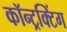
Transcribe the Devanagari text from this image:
कॉन्ट्रक्टिंग